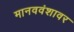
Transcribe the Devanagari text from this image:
मानववंशावर